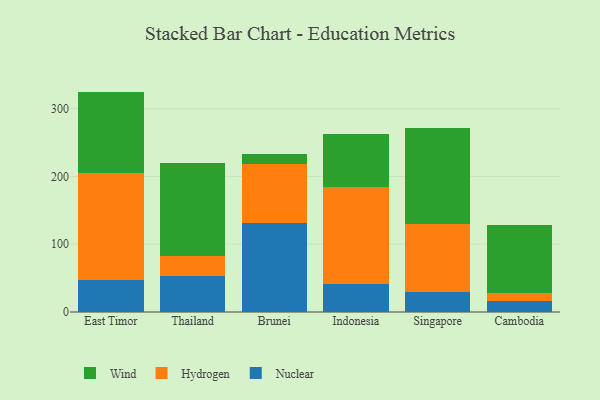
{"axis": {"x": "Country", "y": "LTV (USD)"}, "legend": ["Hydrogen", "Nuclear", "Wind"], "data": [{"x": "East Timor", "y": 47.9, "type": "Nuclear"}, {"x": "East Timor", "y": 157.6, "type": "Hydrogen"}, {"x": "East Timor", "y": 119.7, "type": "Wind"}, {"x": "Thailand", "y": 53.7, "type": "Nuclear"}, {"x": "Thailand", "y": 28.7, "type": "Hydrogen"}, {"x": "Thailand", "y": 137.0, "type": "Wind"}, {"x": "Brunei", "y": 131.3, "type": "Nuclear"}, {"x": "Brunei", "y": 87.3, "type": "Hydrogen"}, {"x": "Brunei", "y": 14.5, "type": "Wind"}, {"x": "Indonesia", "y": 41.4, "type": "Nuclear"}, {"x": "Indonesia", "y": 143.1, "type": "Hydrogen"}, {"x": "Indonesia", "y": 77.5, "type": "Wind"}, {"x": "Singapore", "y": 30.1, "type": "Nuclear"}, {"x": "Singapore", "y": 99.6, "type": "Hydrogen"}, {"x": "Singapore", "y": 142.3, "type": "Wind"}, {"x": "Cambodia", "y": 15.7, "type": "Nuclear"}, {"x": "Cambodia", "y": 12.2, "type": "Hydrogen"}, {"x": "Cambodia", "y": 101.1, "type": "Wind"}]}